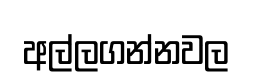
අල්ලගන්නවල